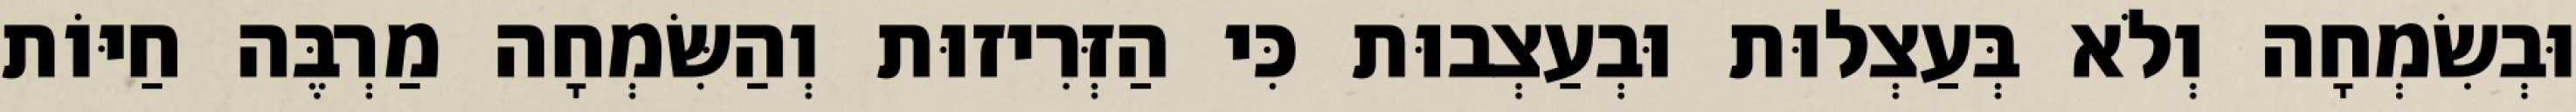
וּבְשִׂמְחָה וְלֹא בְּעַצְלוּת וּבְעַצְבוּת כִּי הַזְּרִיזוּת וְהַשִּׂמְחָה מַרְבֶּה חַיּוֹת